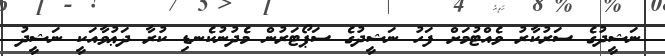
ނަޝީދުގެ ސަރުކާރު ވެއްޓުމަށް ފަހު ނަޝީދުގެ ސަޕޯޓަރުން މެދުނުކެނޑި ކުރާ ދަޢުވާއަކީ ނަޝީދު